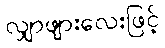
လျှာဖျားလေးဖြင့်